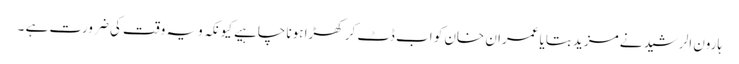
ہارون الرشید نے مزید بتایا عمران خان کو اب ڈٹ کر کھڑا ہونا چاہیے کیونکہ ویہ وقت کی ضرورت ہے ۔